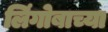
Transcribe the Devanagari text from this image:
लिंगोबाच्या